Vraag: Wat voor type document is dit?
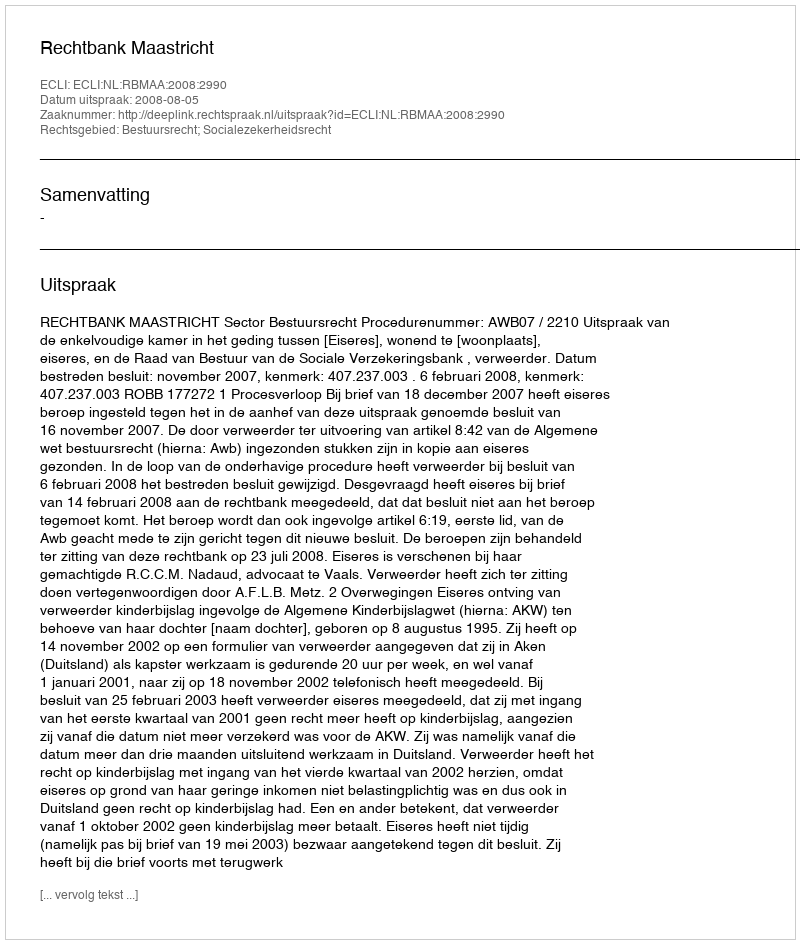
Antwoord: Uitspraak